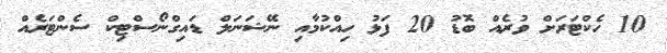
10 ހެކްޓަރަށް ވުރެއް ބޮޑު 20 ފަޅު ހިއްކުމާއި ނޭޝަނަލް ޑައިގްނޯސްޓިކް ސެންޓަރެއް